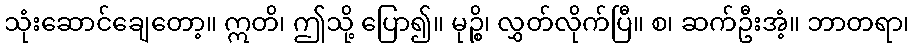
သုံးဆောင်ချေတော့။ ဣတိ၊ ဤသို့ ပြော၍။ မုဉ္စိ၊ လွှတ်လိုက်ပြီ။ စ၊ ဆက်ဦးအံ့။ ဘာတရာ၊